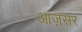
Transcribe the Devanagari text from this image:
आज़सर